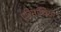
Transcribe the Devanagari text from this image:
एरिमाथिया